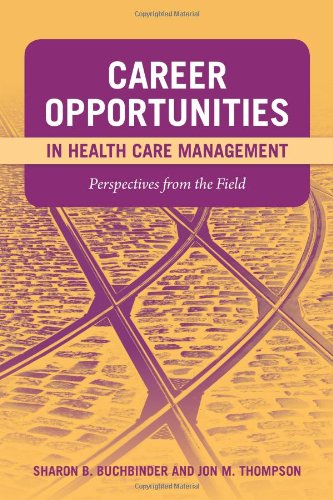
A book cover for Career Opportunities In Health Care Management: Perspectives From The Field; Sharon B. Buchbinder; Medical Books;